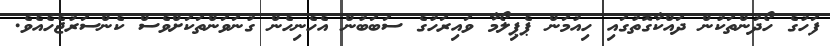
ފަހުގެ ހޯދުންތަކުން ދައްކާގޮތުގައި ހިއުމަން ޕެޕިލޯމާ ވައިރަހުގެ ސަބަބުން އެހެނިހެން ގުނަވަންތަކަށްވެސް ކެންސަރުޖެހެއެވެ.